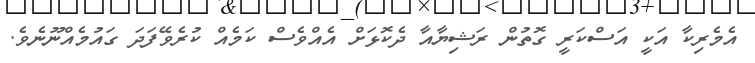
އެމެރިކާ އަކީ އަސްކަރީ ގޮތުން ރަޝިޔާއާ ދެކޮޅަށް އެއްވެސް ކަމެއް ކުރެވޭފަދަ ގައުމެއްނޫނެވެ.